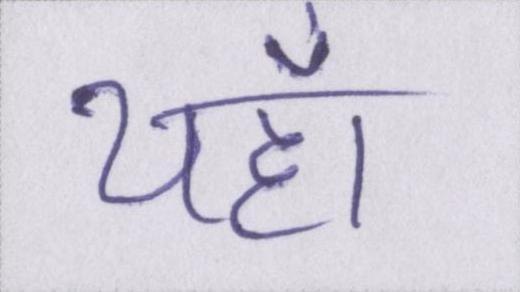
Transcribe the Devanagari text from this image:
यहाँ